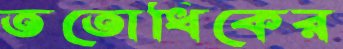
ততোধিকের